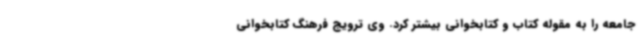
جامعه را به مقوله کتاب و کتابخوانی بیشتر کرد. وی ترویج فرهنگ کتابخوانی